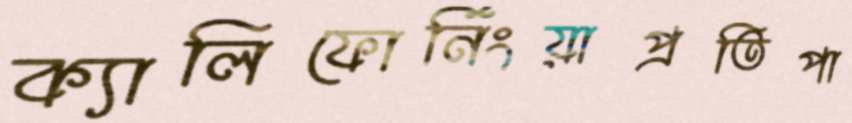
ক্যালিফোর্নিংয়াপ্রতিপা